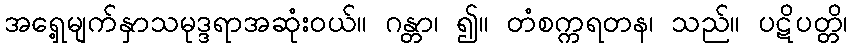
အရှေ့မျက်နှာသမုဒ္ဒရာအဆုံးဝယ်။ ဂန္တာ၊ ၍။ တံစက္ကရတန၊ သည်။ ပဋိပတ္တိ၊